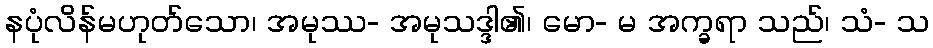
နပုံလိန်မဟုတ်သော၊ အမုဿ- အမုသဒ္ဒါ၏၊ မော- မ အက္ခရာ သည်၊ သံ- သ